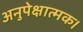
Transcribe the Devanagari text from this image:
अनुपेक्षात्मक।